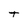
Character: t